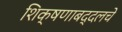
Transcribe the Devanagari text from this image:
शिक्षणाबद्दलचे